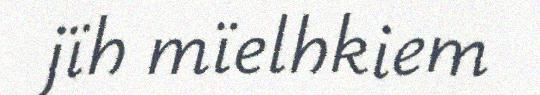
jïh mïelhkiem